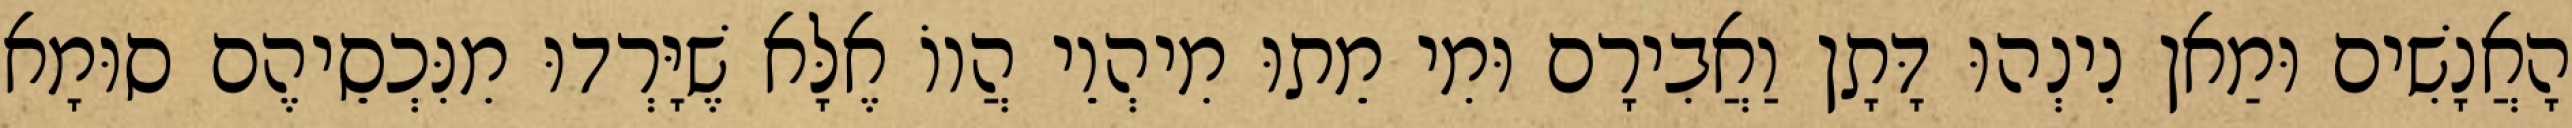
הָאֲנָשִׁים וּמַאן נִינְהוּ דָּתָן וַאֲבִירָם וּמִי מֵתוּ מִיהְוֵי הֲווֹ אֶלָּא שֶׁיָּרְדוּ מִנִּכְסֵיהֶם סוּמָא